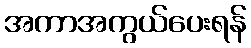
အကာအကွယ်ပေးရန်